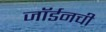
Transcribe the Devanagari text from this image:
जॉर्डनची